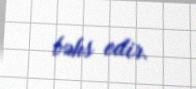
bəhs edir.